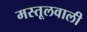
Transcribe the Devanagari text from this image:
मस्तूलवाली